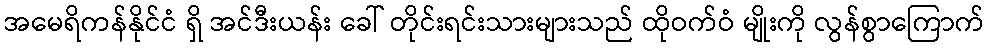
အမေရိကန်နိုင်ငံ ရှိ အင်ဒီးယန်း ခေါ် တိုင်းရင်းသားများသည် ထိုဝက်ဝံ မျိုးကို လွန်စွာကြောက်